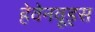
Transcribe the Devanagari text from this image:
हेवेनवूड्स